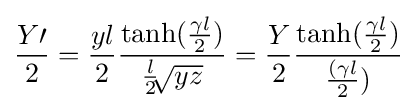
{\frac {Y\prime }{2}}={\frac {yl}{2}}{\frac {\tanh({\frac {\gamma l}{2}})}{{\frac {l}{2}}{\sqrt[{}]{yz}}}}={\frac {Y}{2}}{\frac {\tanh({\frac {\gamma l}{2}})}{{\frac {(\gamma l}{2}})}}